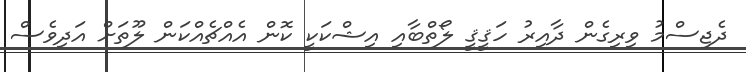
ދެޖިސްމު ވިރިގެން ދާއިރު ހަޤީޤީ ލޯތްބާއި އިޝްކަކީ ކޮން އެއްޗެއްކަން ލޫތަށް އަދިވެސް